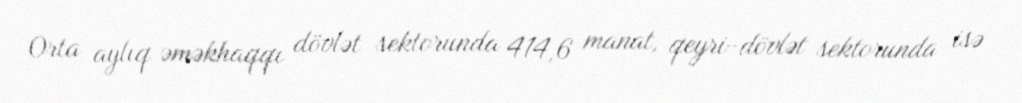
Orta aylıq əməkhaqqı dövlət sektorunda 414,6 manat, qeyri-dövlət sektorunda isə